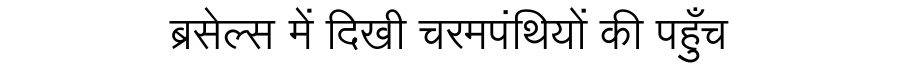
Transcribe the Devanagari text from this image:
ब्रसेल्स में दिखी चरमपंथियों की पहुँच